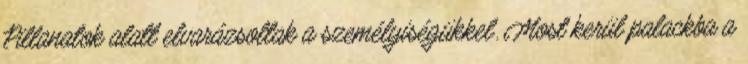
Pillanatok alatt elvarázsoltak a személyiségükkel. Most kerül palackba a